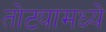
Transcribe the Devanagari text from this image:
तोट्यामध्ये